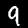
Digit: 9